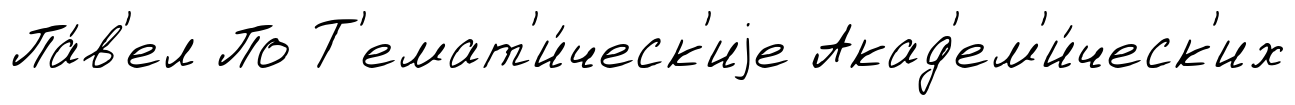
Па́в'ел По Т'емат'и́ческ'иjе Акад'ем'и́ческ'их